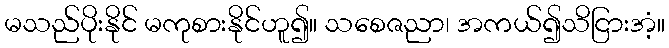
မသည်ပိုးနိုင် မကုစားနိုင်ဟူ၍။ သစေဇညာ၊ အကယ်၍သိငြားအံ့။